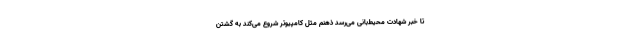
تا خبر شهادت محیط‌بانی می‌رسد ذهنم مثل کامپیوتر شروع می‌کند به گشتن